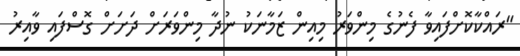
"ރައްކާކޮށްފައިވާ ފެނުގެ މިންވަރު މިއިން ޒަމާނަކު ނުދާ މިންވަރަށް ދަށަށް ގޮސްފައި ވާއިރު